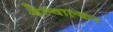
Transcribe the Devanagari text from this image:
वेल्वाल्कर